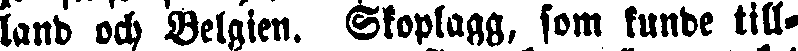
land och Belgien. Stoplagg, som kunde till-